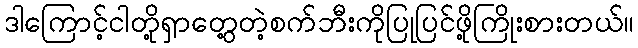
ဒါကြောင့်ငါတို့ရှာတွေ့တဲ့စက်ဘီးကိုပြုပြင်ဖို့ကြိုးစားတယ်။